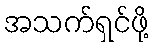
အသက်ရှင်ဖို့